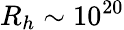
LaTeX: R_{h}\sim 10^{20}